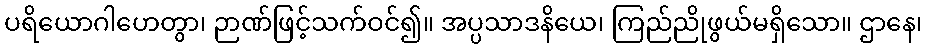
ပရိယောဂါဟေတွာ၊ ဉာဏ်ဖြင့်သက်ဝင်၍။ အပ္ပသာဒနိယေ၊ ကြည်ညိုဖွယ်မရှိသော။ ဌာနေ၊